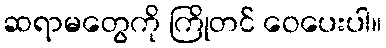
ဆရာမတွေကို ကြိုတင် ဝေပေးပါ။